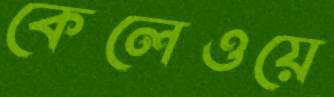
কেলেওয়ে